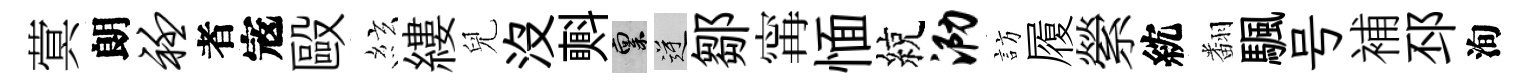
蓂朗衽者𡨥毆絃縷兒没㪺禀逆鄒𡩋愐綂泐訪履縈紞翻颿号補邳洵